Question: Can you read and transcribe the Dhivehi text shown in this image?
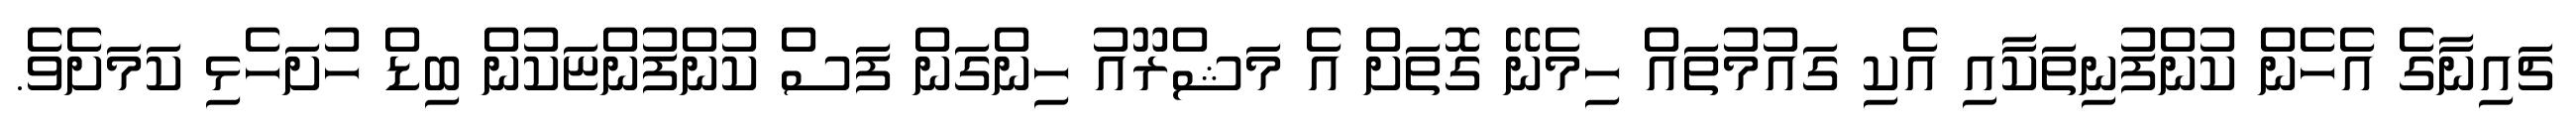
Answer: ޗައިނާގެ އެހެން ކުންފުނިތަކާއި އެކި ގައުމުތައް ހިމެނޭ ގޮތަށް އެ މަޝްރޫއު ހިންގަން ފަސް ކުންފުންޏަކުން ބިޑް ހުށަހެޅި ކަމަށެވެ.